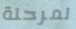
لمرحلة